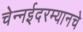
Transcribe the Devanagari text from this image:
चेन्नईदरम्यानचे